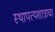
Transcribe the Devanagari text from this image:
स्थापत्यशात्राचा